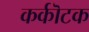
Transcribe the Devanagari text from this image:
कर्कॊटक